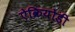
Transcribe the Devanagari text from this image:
ऐक्रियोडी